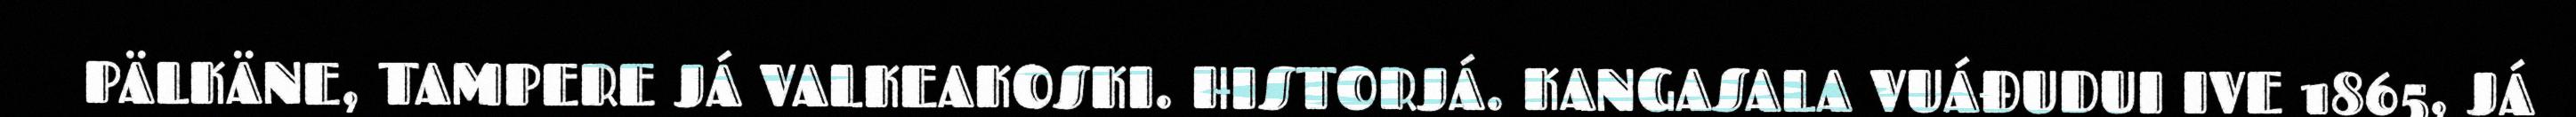
PÄLKÄNE, TAMPERE JÁ VALKEAKOSKI. HISTORJÁ. KANGASALA VUÁĐUDUI IVE 1865, JÁ